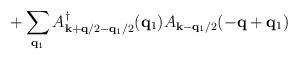
LaTeX: \begin{align*}+ \sum_{ {\bf{q}}_{1} } A^{\dagger}_{ {\bf{k}} + {\bf{q}}/2 - {\bf{q}}_{1}/2 }({\bf{q}}_{1})A_{ {\bf{k}} - {\bf{q}}_{1}/2 }(-{\bf{q}} + {\bf{q}}_{1})\end{align*}